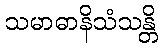
သမာဓာနိသံသန္တိ